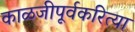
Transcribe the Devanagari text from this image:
काळजीपूर्वकरित्या